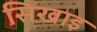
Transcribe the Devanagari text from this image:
सिखाइ